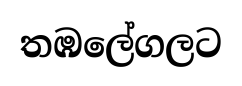
තඹලේගලට